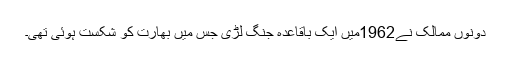
دونوں ممالک نے1962میں ایک باقاعدہ جنگ لڑی جس میں بھارت کو شکست ہوئی تھی۔